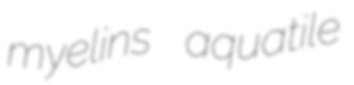
myelins aquatile